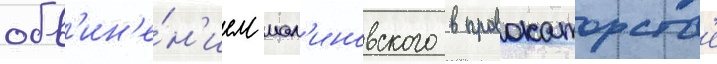
обв'ин'е́н'ием мал'иновского в провокаторств'е